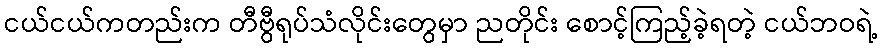
ငယ်ငယ်ကတည်းက တီဗွီရုပ်သံလိုင်းတွေမှာ ညတိုင်း စောင့်ကြည့်ခဲ့ရတဲ့ ငယ်ဘဝရဲ့